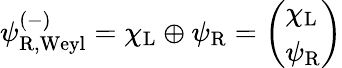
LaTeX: \psi_{\mathrm{{R,Weyl}}}^{(-)}=\chi_{\mathrm{{L}}}\oplus\psi_{\mathrm{{R}}}={\left(\begin{array}{l}{\chi_{\mathrm{{L}}}}\\ {\psi_{\mathrm{{R}}}}\end{array}\right)}